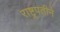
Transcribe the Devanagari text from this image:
राष्ट्रपतीने